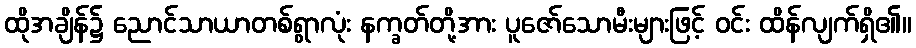
ထိုအချိန်၌ ညောင်သာယာတစ်ရွာလုံး နက္ခတ်တို့အား ပူဇော်သောမီးများဖြင့် ဝင်း ထိန်လျက်ရှိ၏။